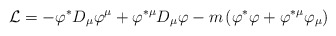
\begin{align*}{\cal L}=-\varphi ^{\ast }D_{\mu }\varphi ^{\mu }+\varphi ^{\ast \mu }D_{\mu}\varphi -m\left( \varphi ^{\ast }\varphi +\varphi ^{\ast \mu }\varphi _{\mu}\right) \end{align*}